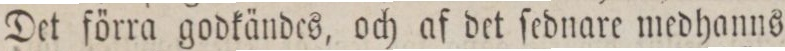
Det förra godkändes, och af det ſednare medhanns